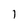
Character: l